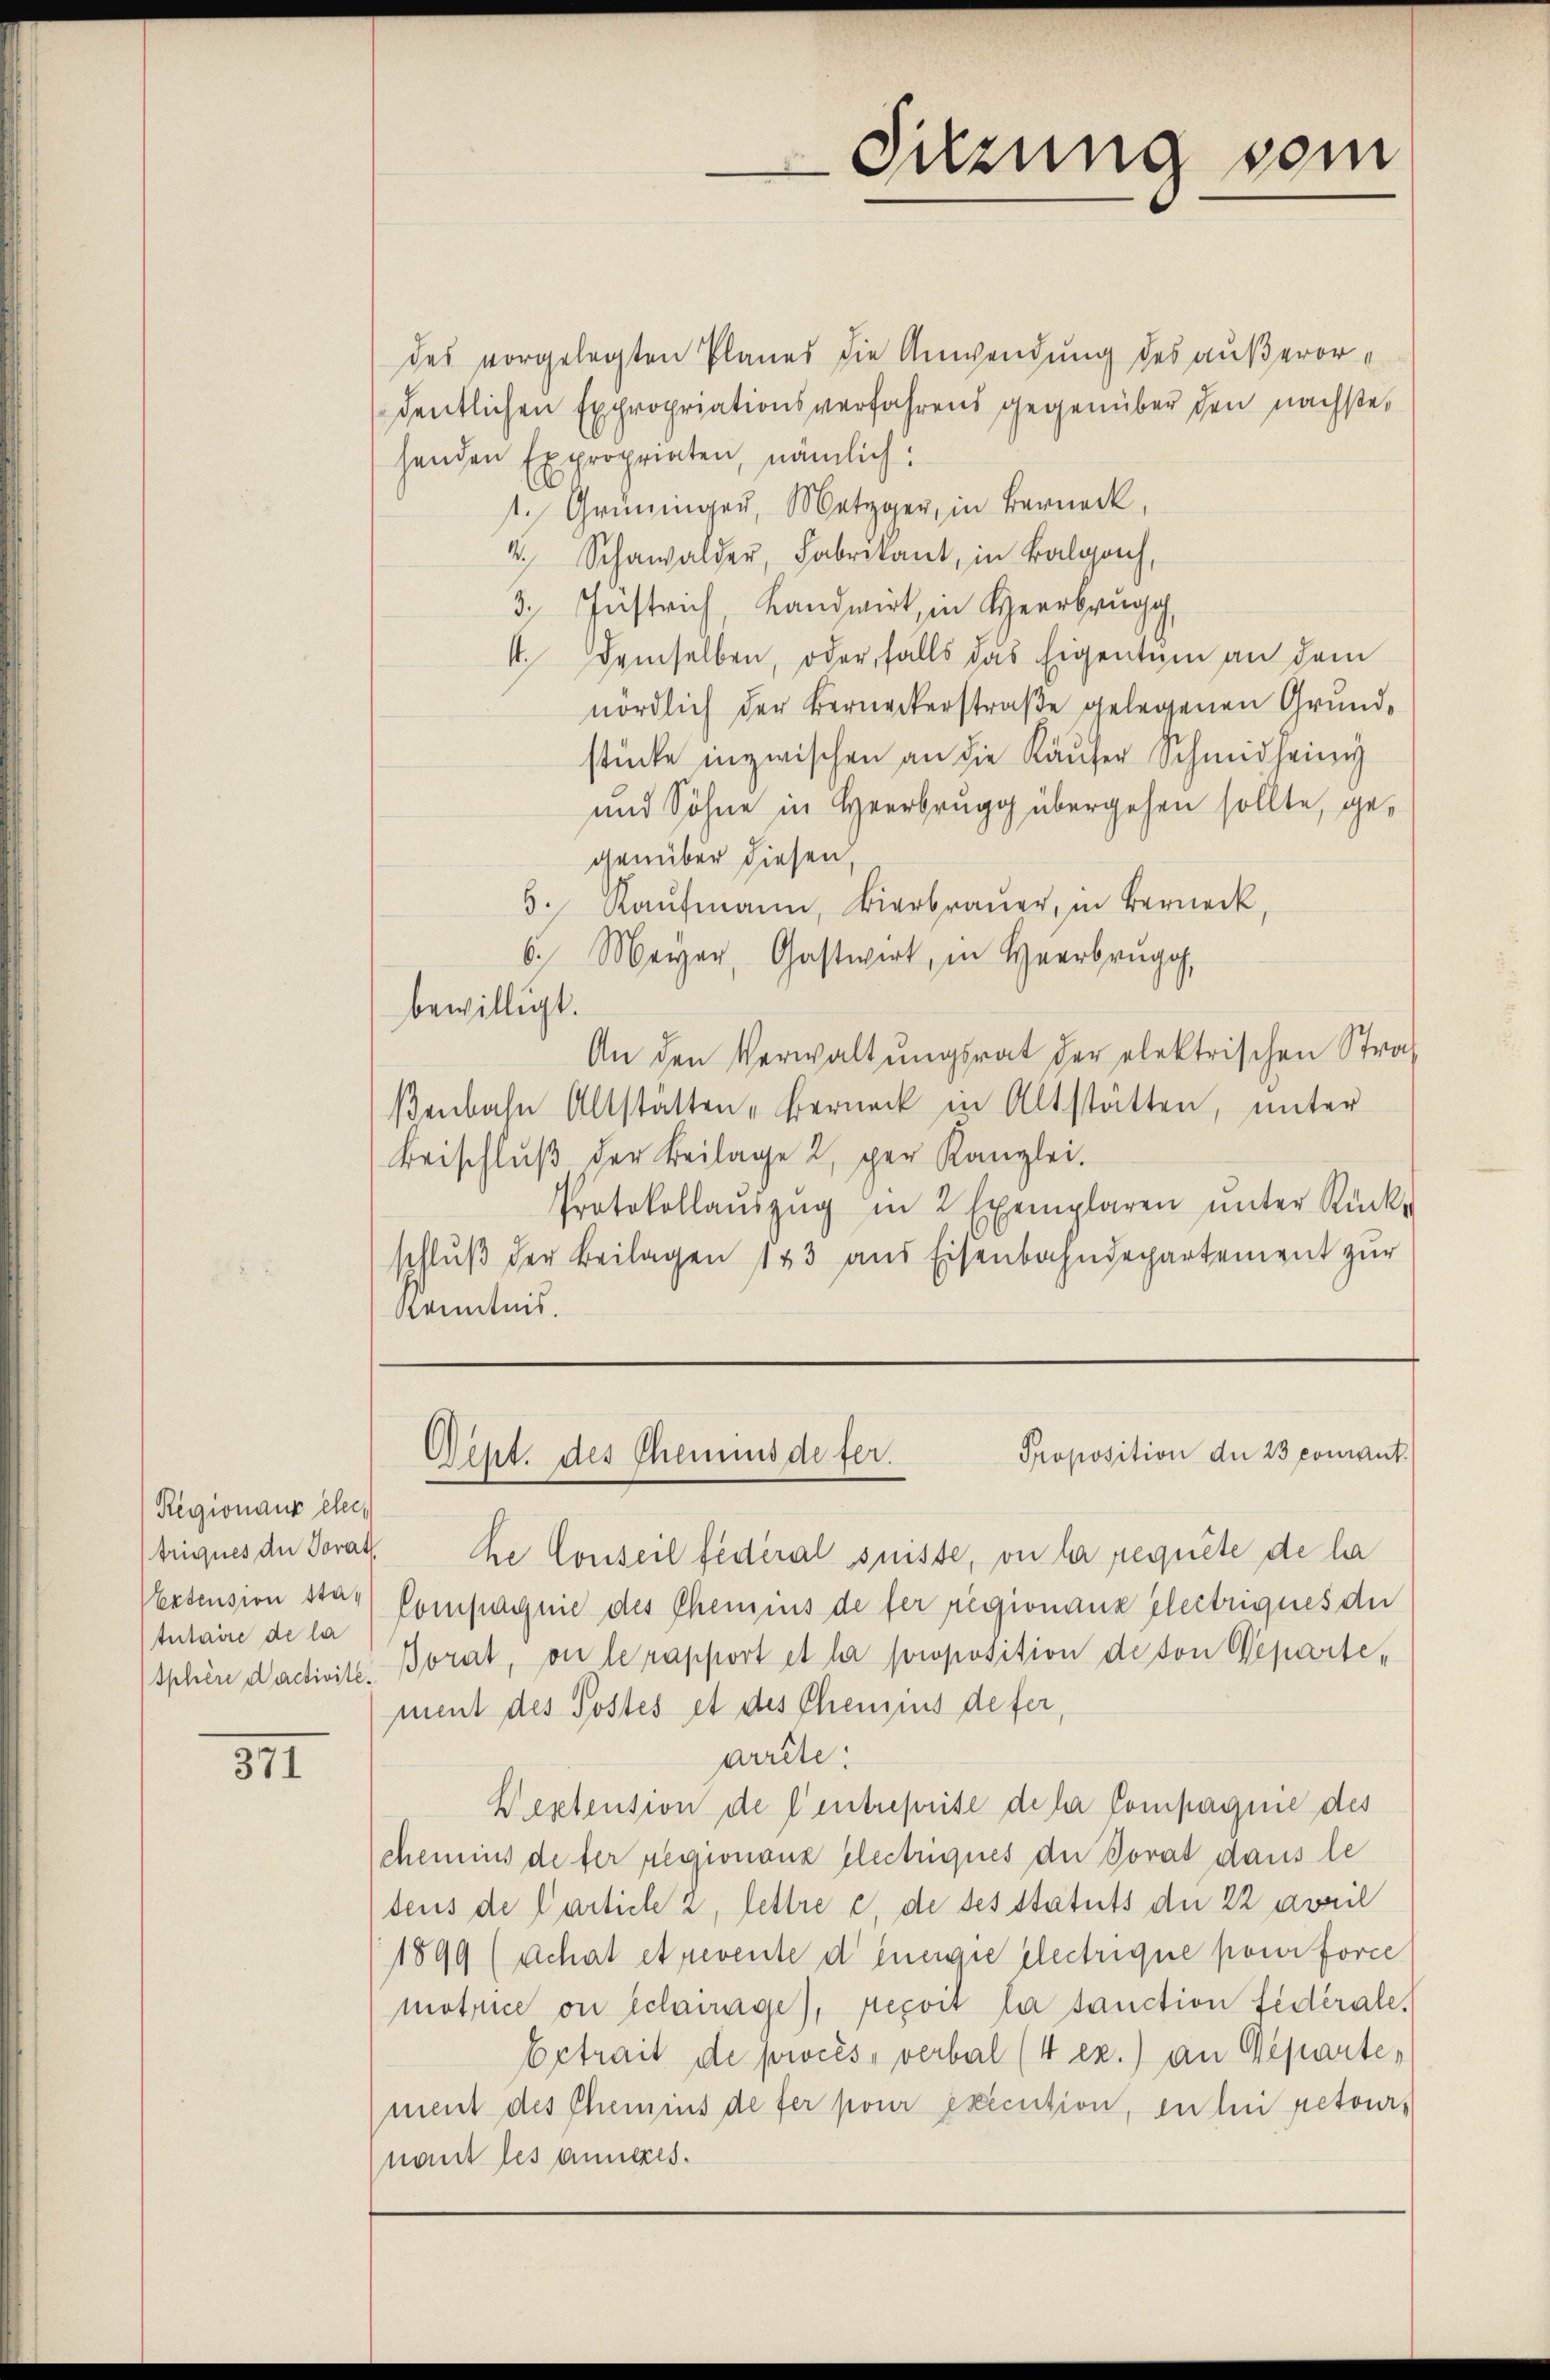
Rigionaue eler,
Nextension stat
tutaire de la

371

Sitzung vom

des vorgelegten Planes die Anwendung des außerordentlichen Expropriationsverfahrens gegenüber den nächste,
henden Expropriaten, nämlich:
1. Grüninger, Metzger, in Berneck,
4 Schawalder, Fabrikant, in Balgach,
3. Justrich, Landwirt, in Herrbrugg,
4. demselben, oder, falls das Eigentum an dem
nördlich der Berneckerstraße gelegenen Grundstücke inzwischen an die Käufer Schmidheinig
und Söhne in Heerbrugg übergehen sollte, gegenüber diesen,
6. Kaŭfmann, Bierbraŭer, in Berneck,
6. Mayer, Gastwirt, in Herbrugg,
bewilligt.
An den Verwaltungsrat der elektrischen Straßenbahn Altstätten Berneck in Altstätten, unter
Beischluß der Beilage 2, per Kanzlei.
Protokollanszŭg in 2 Exemplaren ŭnter Rücke
schluß der Beilagen 143 aus Eisenbahndepartement zur
Kenntnis.

Proposition de 23 pourant.
Dept. des Chemins defer.

triques der Torat de Conseil fédéral suisse, ou la requite de ha
Compagnie des Chemins de fer regionanz Electriques der
sphäre dactivite. Borat, ou le rapport et la proposition de von Separtement des Postes et des Chemis defer,
arrête:
Westension de l’entreprise de la Compagnie des
chemins de der Regionanz flectriques der Porat dans le
tens de Particle 2, lettre c, de desstatuts der 22 aweil
1899 (Schat et revente d inergie electrique pour force
motice on schwage), reçoit la tauction fiderale,
betrait de procès, verbal (4 ex.) an Departen
ment des Chemins de fer pour execution, in bei retour,
nant les anzes.